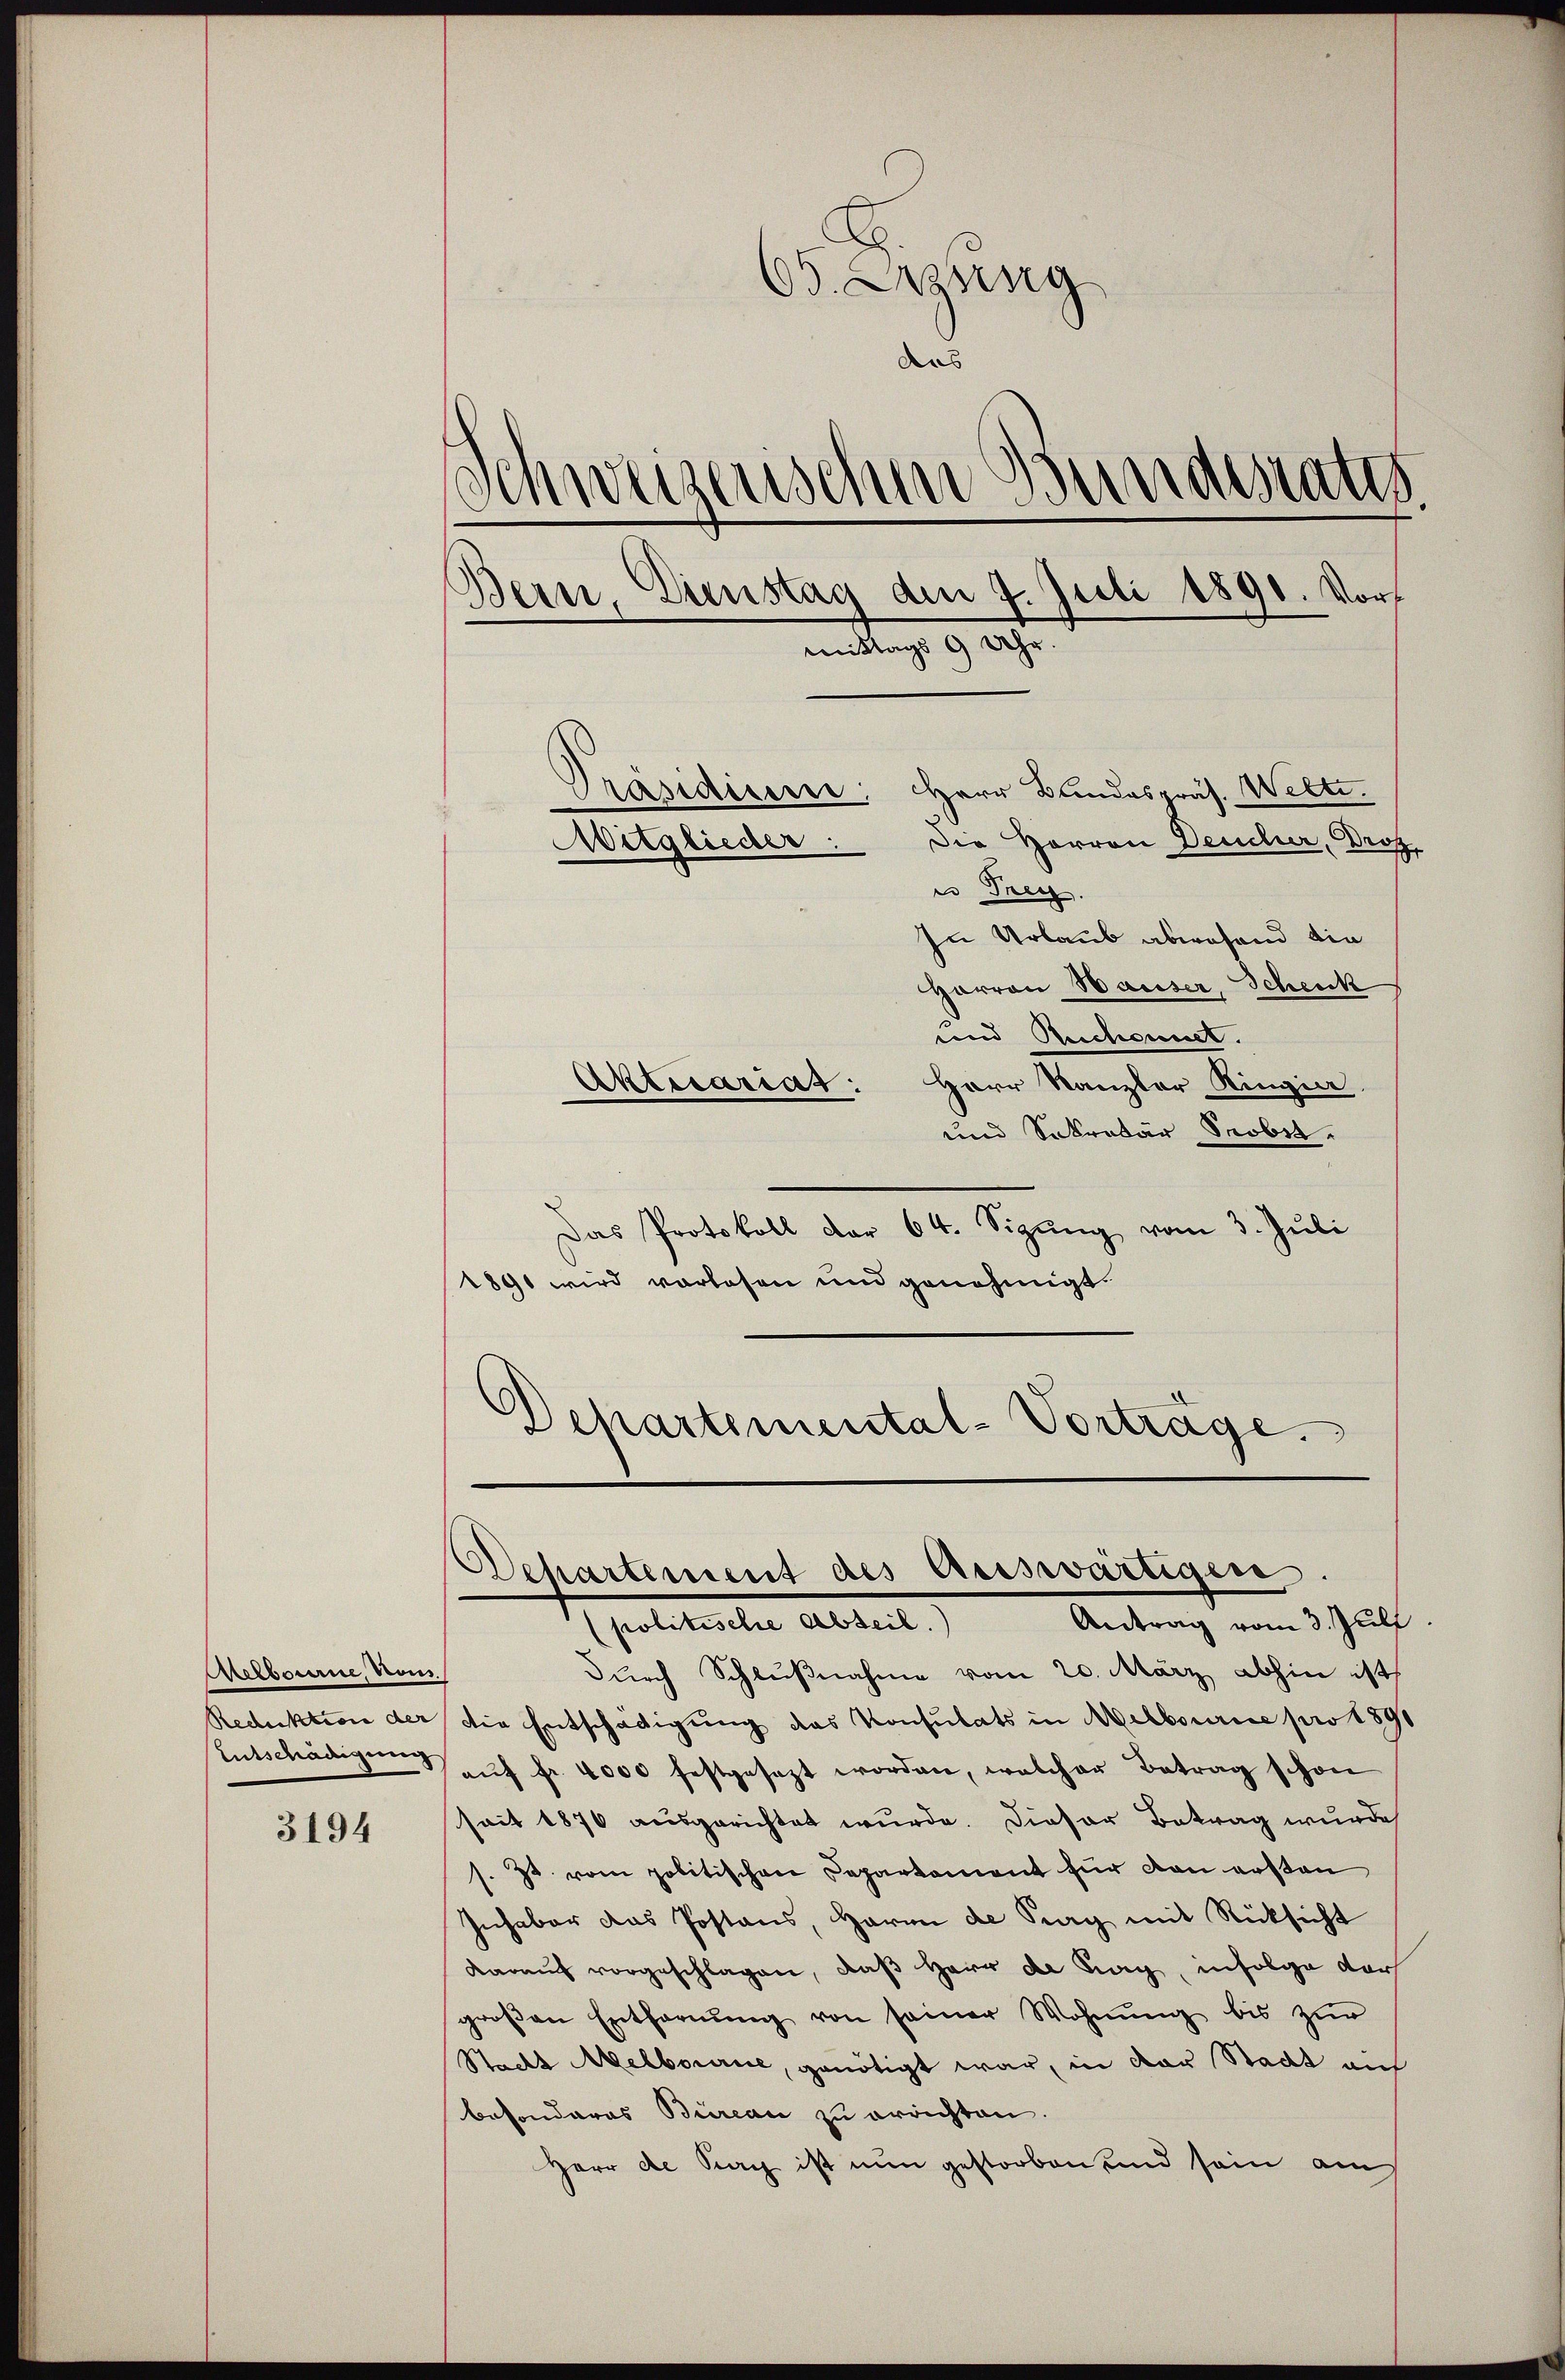
Aelbourne, vom

3194

65. Lesung
das
3
weizerischen Bundesrates
Bein, Dienstag den 7. Juli 1891. Vormittags 9 Uhr.
Präsidiums.
Herr Blindespräs. Welti.
Die Herren Deucher, Droz.
Aitglieder
in Frey.
In Urlaub abwesend die
Horron Hauser, Schenk
und Beschonnet.
Aktecariat: Herr Kanzler Ringia
und Sekretär Srober.

Das Protokoll dar 64. Sizŭng vom 3. Juli
1891 wird vorlesen und genehmigt.
Departemental-Vorträge.

Dchartement des Auswärtigen

Antrag vom 3. Juli
Spolitische Arbeit.
durch Schlußnahme vom 20. März abhin ist
Reduktion der die Entschädigung des Konsulats in Melbourice pro 1891
Entschädigung aŭf fr. 4000 festgesezt worden, welcher Betrag schon
seit 1870 ausgerichtet wurde. Dieser Betrag wurde
s. Zt. vom politischen Departement für von ersten
Inhaber das Postans, Herrn de Pay mit Rücksicht
daraus vorgeschlagen, daß Herr de mag, infolge dar
groβen Entfernŭng von seiner Wohnŭng bis zŭr
Stacht Melbourne, genötigt war, in der Stadt auf
besonderes Büreau zu errichten.
Herr de Sieg ist nun gestorben und sein am